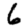
Digit: 6